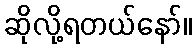
ဆိုလို့ရတယ်နော်။